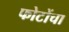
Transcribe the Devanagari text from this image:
फोटोंचा